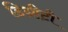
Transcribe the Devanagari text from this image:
डिग्रीटी